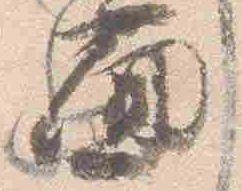
面